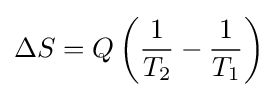
\Delta S=Q\left({\frac {1}{T_{2}}}-{\frac {1}{T_{1}}}\right)